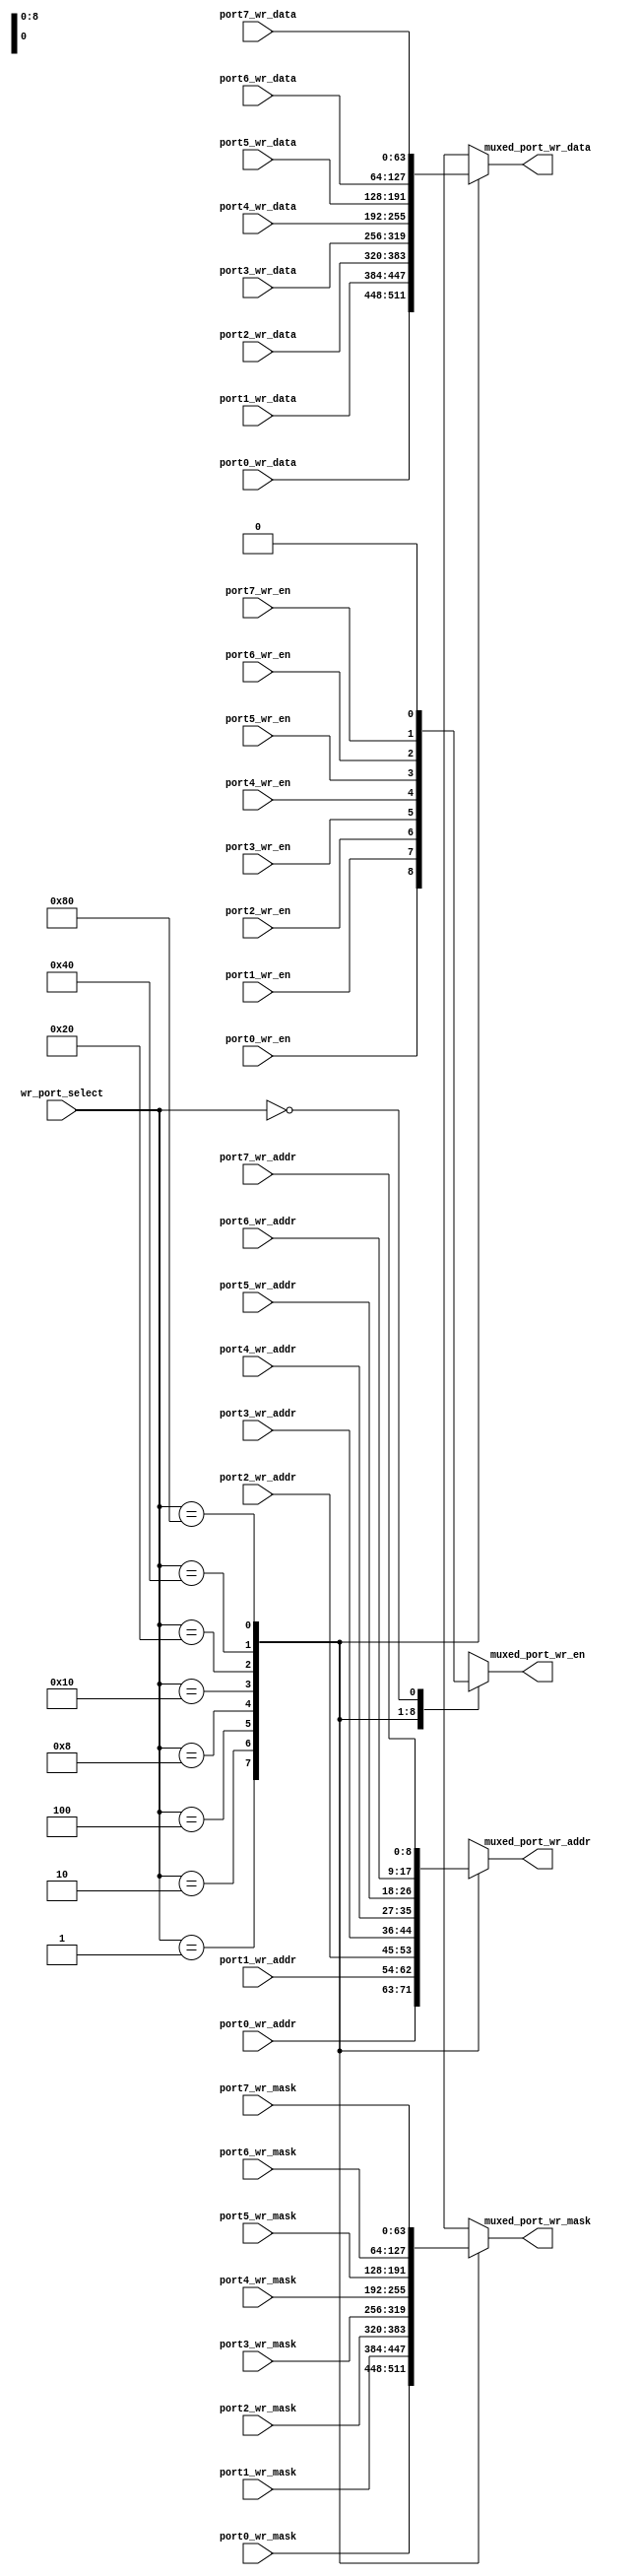
module sgpr_simx_wr_port_mux (
  wr_port_select,

  port0_wr_en,
  port0_wr_addr,
  port0_wr_data,
  port0_wr_mask,

  port1_wr_en,
  port1_wr_addr,
  port1_wr_data,
  port1_wr_mask,

  port2_wr_en,
  port2_wr_addr,
  port2_wr_data,
  port2_wr_mask,

  port3_wr_en,
  port3_wr_addr,
  port3_wr_data,
  port3_wr_mask,

  port4_wr_en,
  port4_wr_addr,
  port4_wr_data,
  port4_wr_mask,

  port5_wr_en,
  port5_wr_addr,
  port5_wr_data,
  port5_wr_mask,

  port6_wr_en,
  port6_wr_addr,
  port6_wr_data,
  port6_wr_mask,

  port7_wr_en,
  port7_wr_addr,
  port7_wr_data,
  port7_wr_mask,

  muxed_port_wr_en,
  muxed_port_wr_addr,
  muxed_port_wr_data,
  muxed_port_wr_mask
);

  output muxed_port_wr_en;
  output [8:0] muxed_port_wr_addr;
  output [63:0] muxed_port_wr_data;
  output [63:0] muxed_port_wr_mask;

  input [15:0] wr_port_select;

  input port0_wr_en;
  input [8:0] port0_wr_addr;
  input [63:0] port0_wr_data;
  input [63:0] port0_wr_mask;
  
  input port1_wr_en;
  input [8:0] port1_wr_addr;
  input [63:0] port1_wr_data;
  input [63:0] port1_wr_mask;
  
  input port2_wr_en;
  input [8:0] port2_wr_addr;
  input [63:0] port2_wr_data;
  input [63:0] port2_wr_mask;
  
  input port3_wr_en;
  input [8:0] port3_wr_addr;
  input [63:0] port3_wr_data;
  input [63:0] port3_wr_mask;

  input port4_wr_en;
  input [8:0] port4_wr_addr;
  input [63:0] port4_wr_data;
  input [63:0] port4_wr_mask;
  
  input port5_wr_en;
  input [8:0] port5_wr_addr;
  input [63:0] port5_wr_data;
  input [63:0] port5_wr_mask;
  
  input port6_wr_en;
  input [8:0] port6_wr_addr;
  input [63:0] port6_wr_data;
  input [63:0] port6_wr_mask;
  
  input port7_wr_en;
  input [8:0] port7_wr_addr;
  input [63:0] port7_wr_data;
  input [63:0] port7_wr_mask;

  reg muxed_port_wr_en;
  reg [8:0] muxed_port_wr_addr;
  reg [63:0] muxed_port_wr_data;
  reg [63:0] muxed_port_wr_mask;

  always @ (
    wr_port_select or
    port0_wr_en or
    port0_wr_addr or
    port0_wr_data or
    port0_wr_mask or
    port1_wr_en or
    port1_wr_addr or
    port1_wr_data or
    port1_wr_mask or
    port2_wr_en or
    port2_wr_addr or
    port2_wr_data or
    port2_wr_mask or
    port3_wr_en or
    port3_wr_addr or
    port3_wr_data or
    port3_wr_mask or
    port4_wr_en or
    port4_wr_addr or
    port4_wr_data or
    port4_wr_mask or
    port5_wr_en or
    port5_wr_addr or
    port5_wr_data or
    port5_wr_mask or
    port6_wr_en or
    port6_wr_addr or
    port6_wr_data or
    port6_wr_mask or
    port7_wr_en or
    port7_wr_addr or
    port7_wr_data or
    port7_wr_mask
  ) begin
    casex(wr_port_select)
      16'h0001:
        begin
          muxed_port_wr_en <= port0_wr_en;
          muxed_port_wr_addr <= port0_wr_addr;
          muxed_port_wr_data <= port0_wr_data;
          muxed_port_wr_mask <= port0_wr_mask;
        end
      16'h0002:
        begin
          muxed_port_wr_en <= port1_wr_en;
          muxed_port_wr_addr <= port1_wr_addr;
          muxed_port_wr_data <= port1_wr_data;
          muxed_port_wr_mask <= port1_wr_mask;
        end
      16'h0004:
        begin
          muxed_port_wr_en <= port2_wr_en;
          muxed_port_wr_addr <= port2_wr_addr;
          muxed_port_wr_data <= port2_wr_data;
          muxed_port_wr_mask <= port2_wr_mask;
        end
      16'h0008:
        begin
          muxed_port_wr_en <= port3_wr_en;
          muxed_port_wr_addr <= port3_wr_addr;
          muxed_port_wr_data <= port3_wr_data;
          muxed_port_wr_mask <= port3_wr_mask;
        end
      16'h0010:
        begin
          muxed_port_wr_en <= port4_wr_en;
          muxed_port_wr_addr <= port4_wr_addr;
          muxed_port_wr_data <= port4_wr_data;
          muxed_port_wr_mask <= port4_wr_mask;
        end
      16'h0020:
        begin
          muxed_port_wr_en <= port5_wr_en;
          muxed_port_wr_addr <= port5_wr_addr;
          muxed_port_wr_data <= port5_wr_data;
          muxed_port_wr_mask <= port5_wr_mask;
        end
      16'h0040:
        begin
          muxed_port_wr_en <= port6_wr_en;
          muxed_port_wr_addr <= port6_wr_addr;
          muxed_port_wr_data <= port6_wr_data;
          muxed_port_wr_mask <= port6_wr_mask;
        end
      16'h0080:
        begin
          muxed_port_wr_en <= port7_wr_en;
          muxed_port_wr_addr <= port7_wr_addr;
          muxed_port_wr_data <= port7_wr_data;
          muxed_port_wr_mask <= port7_wr_mask;
        end
      16'b0000:
        begin
          muxed_port_wr_en <= 1'b0;
          muxed_port_wr_addr <= {9{1'bx}};
          muxed_port_wr_data <= {64{1'bx}};
          muxed_port_wr_mask <= {64{1'bx}};
        end
      default:
        begin
          muxed_port_wr_en <= 1'bx;
          muxed_port_wr_addr <= {9{1'bx}};
          muxed_port_wr_data <= {64{1'bx}};
          muxed_port_wr_mask <= {64{1'bx}};
        end
    endcase
  end

endmodule